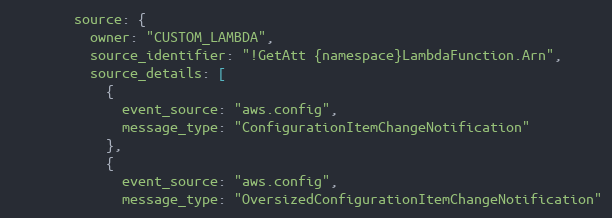
Language: Ruby
        source: {
          owner: "CUSTOM_LAMBDA",
          source_identifier: "!GetAtt {namespace}LambdaFunction.Arn",
          source_details: [
            {
              event_source: "aws.config",
              message_type: "ConfigurationItemChangeNotification"
            },
            {
              event_source: "aws.config",
              message_type: "OversizedConfigurationItemChangeNotification"